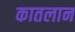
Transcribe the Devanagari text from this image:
कातलान